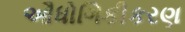
ઔધોગિકીકરણ